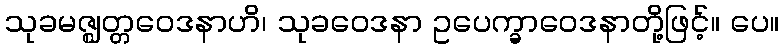
သုခမဇ္ဈတ္တဝေဒနာဟိ၊ သုခဝေဒနာ ဥပေက္ခာဝေဒနာတို့ဖြင့်။ ပေ။